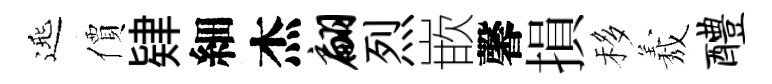
𨓱價肄細杰翩烈嵌馨損移𦏁醴